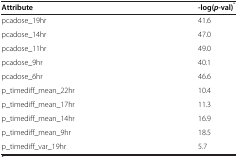
<table><thead><tr><td><b>Attribute</b></td><td><b>-log(<i>p</i>-val)<sup>*</sup></b></td></tr></thead><tbody><tr><td>pcadose_19hr</td><td>41.6</td></tr><tr><td>pcadose_14hr</td><td>47.0</td></tr><tr><td>pcadose_11hr</td><td>49.0</td></tr><tr><td>pcadose_9hr</td><td>40.1</td></tr><tr><td>pcadose_6hr</td><td>46.6</td></tr><tr><td>p_timediff_mean_22hr</td><td>10.4</td></tr><tr><td>p_timediff_mean_17hr</td><td>11.3</td></tr><tr><td>p_timediff_mean_14hr</td><td>16.9</td></tr><tr><td>p_timediff_mean_9hr</td><td>18.5</td></tr><tr><td>p_timediff_var_19hr</td><td>5.7</td></tr></tbody></table>